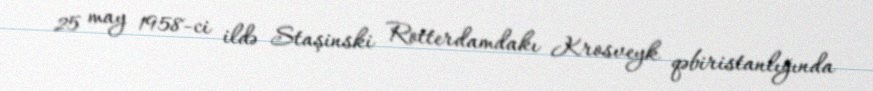
25 may 1958-ci ildə Staşinski Rotterdamdakı Krosveyk qəbiristanlığında